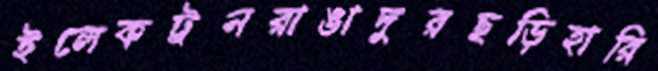
ইলেকট্রনরাঙাদুরছড়িহারি